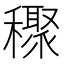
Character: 𥣙